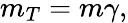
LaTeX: m_{T}=m\gamma,